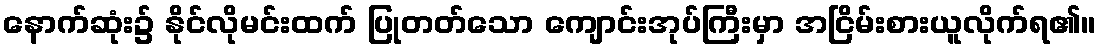
နောက်ဆုံး၌ နိုင်လိုမင်းထက် ပြုတတ်သော ကျောင်းအုပ်ကြီးမှာ အငြိမ်းစားယူလိုက်ရ၏။